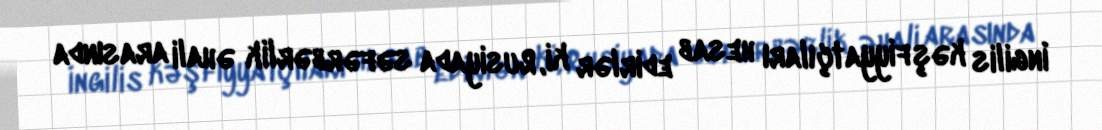
İngilis kəşfiyyatçıları hesab edirlər ki, Rusiyada səfərbərlik əhali arasında